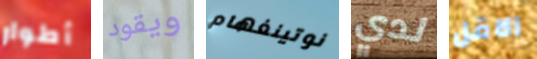
أطوار ويقود نوتينغهام لدي الاقل